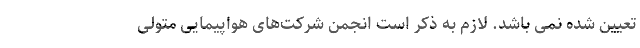
تعیین شده نمی باشد. لازم به ذکر است انجمن شرکت‌های هواپیمایی متولی